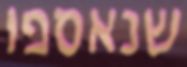
שנאספו